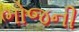
ભોજની